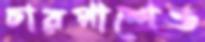
চারপাশেও